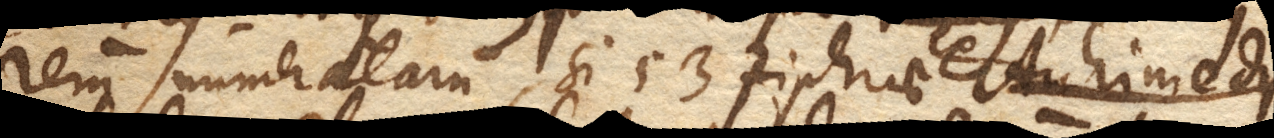
rerum numeratarum, si 53 Ziphrae